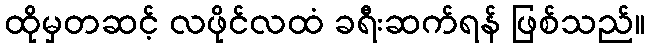
ထိုမှတဆင့် လဖိုင်လထံ ခရီးဆက်ရန် ဖြစ်သည်။